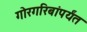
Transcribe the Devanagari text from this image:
गोरगरिबांपर्यंत